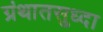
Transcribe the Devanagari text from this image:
ग्रंथातसुध्दा